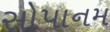
સોપાનમ